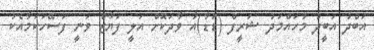
އަބްދު އަބީދު މުހައްމަދު ޝަރީފް (ޑަޑާ)އާ ވާދަކޮށް އަލީ ފަޔާޒް ވަނީ ފަސޭހަކަމާއެކު